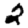
Digit: 2